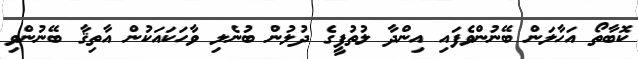
ކޮބާތޯ އަހާލަން ބޭނުންވެފައި އިންދާ ލުތުފީގެ ދުލުން ބުނެލި ވާހަކައަކުން އާތިޤާ ބޭނުންވި